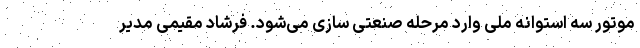
موتور سه استوانه ملی وارد مرحله صنعتی سازی می‌شود. فرشاد مقیمی مدیر